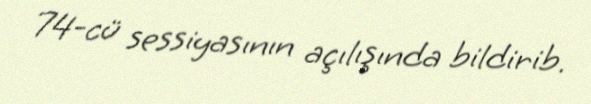
74-cü sessiyasının açılışında bildirib.